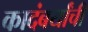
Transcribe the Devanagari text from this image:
कादंबर्यांची